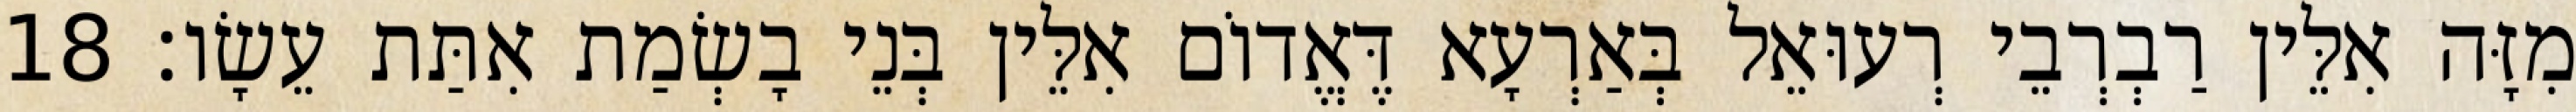
מִזָּה אִלֵּין רַבְרְבֵי רְעוּאֵל בְּאַרְעָא דֶּאֱדוֹם אִלֵּין בְּנֵי בָשְׂמַת אִתַּת עֵשָׂו׃ 18